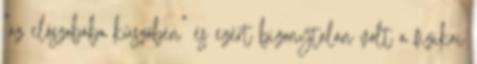
“az elõszobába küszöbén” és ezért bizonytalan volt a fizikai